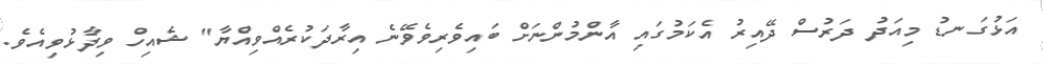
އަޅުގަނޑު މިއަދު ދަރުސް ދޭއިރު އެކަމުގައި އާންމުންނަށް ބައިވެރިވެވޭނެ އިރާދަކުރެއްވިއްޔާ" ޝެއިހް ވިދާޅުވިއެވެ.